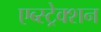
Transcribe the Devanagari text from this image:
एब्स्ट्रेक्शन